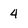
Character: 4